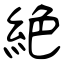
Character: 絕